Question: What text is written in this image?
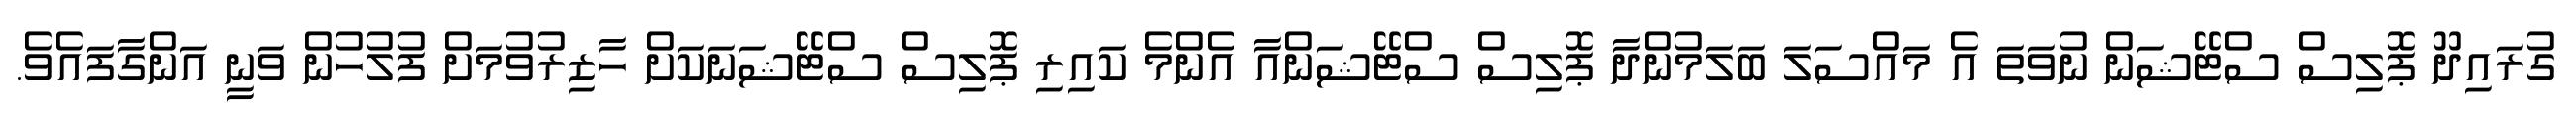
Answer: ގުރައިދޫ ޕޮލިސް ސްޓޭޝަން ނުވަތަ އެ މައްސަލަ ބަލަމުންދާ ޕޮލިސް ސްޓޭޝަންއާ އެންމެ ކައިރި ޕޮލިސް ސްޓޭޝަނަކަށް ހާޒިރުވުމަށް ފުލުހުން ވަނީ އަންގާފައެވެ.